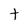
Character: t